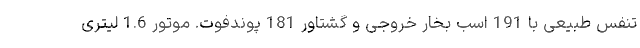
تنفس طبیعی با 191 اسب بخار خروجی و گشتاور 181 پوندفوت. موتور 1.6 لیتری